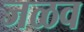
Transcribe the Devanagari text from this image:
जळव